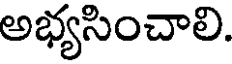
అభ్యసించాలి.